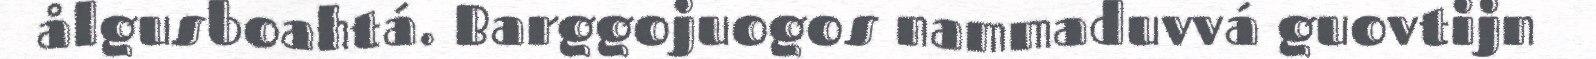
ålgusboahtá. Barggojuogos nammaduvvá guovtijn